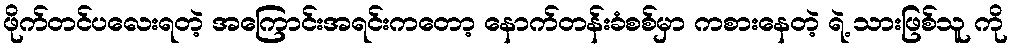
ဖိုက်တင်ပလေးရတဲ့ အကြောင်းအရင်းကတော့ နောက်တန်းခံစစ်မှာ ကစားနေတဲ့ ရဲ့ သားဖြစ်သူ ကို